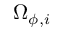
\Omega _ { \phi , i }